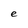
Character: e